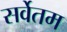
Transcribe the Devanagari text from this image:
सर्वेतम